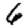
Digit: 6